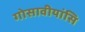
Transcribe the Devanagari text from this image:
गोसावीयांसि